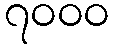
၇၀၀၀